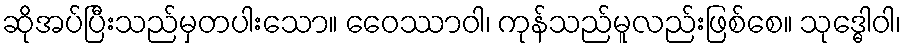
ဆိုအပ်ပြီးသည်မှတပါးသော။ ဝေေဿာဝါ၊ ကုန်သည်မူလည်းဖြစ်စေ။ သုဒ္ဓေါဝါ၊